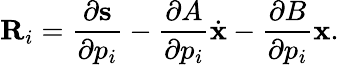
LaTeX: \textbf{R}_{i}=\frac{\partial\textbf{s}}{\partial p_{i}}-\frac{\partial A}{\partial p_{i}}\dot{\textbf{x}}-\frac{\partial B}{\partial p_{i}}\textbf{x}.